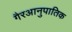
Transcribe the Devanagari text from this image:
गैरआनुपातिक